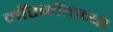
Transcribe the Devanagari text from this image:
मॉरमॉनच्या